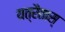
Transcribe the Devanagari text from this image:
यत्रैतास्‌